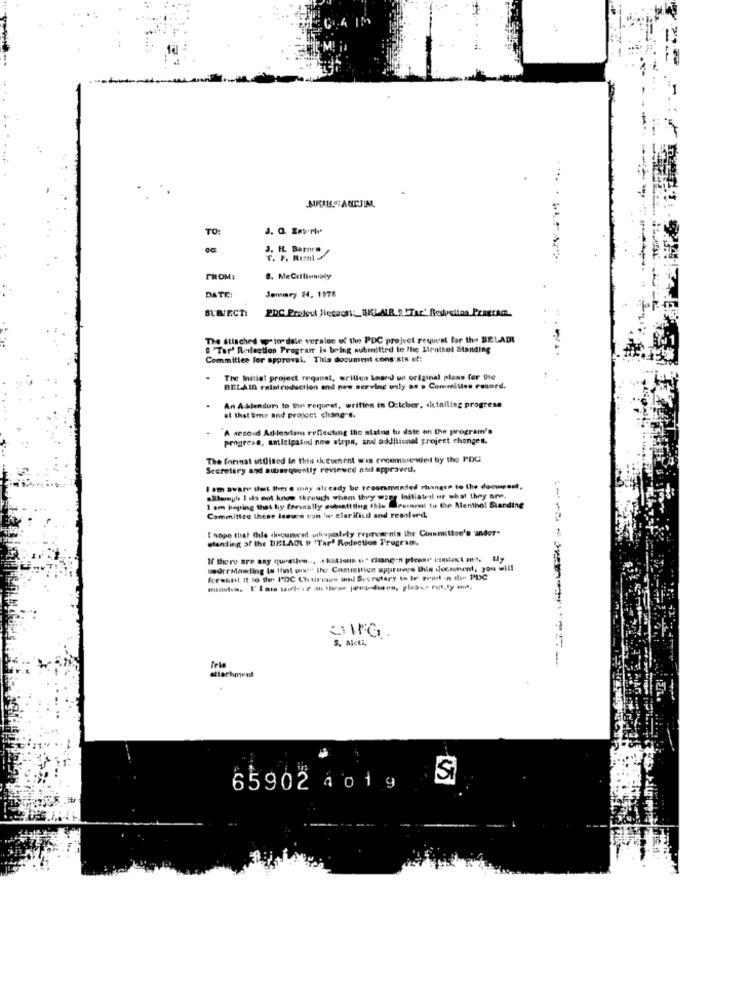
TO:
J. H. Barnen
C. F. Riz
FROM:
8. MeCilliawaly
DATE:
Jemiary 24, 1578
SUBJECT:
The Stisched up to date veralon of the PDC project request for the BELADE
e 'Tar' Reflection Program is bring submitted to the Menthol Standing
Committee for approval. This document consists of:
The Initial project reqanat, erillen Leand un original pless for the
BELAIR reintroduction and now serving osly as . Commilise rasord.
An Addendurs to fun request, written in Octcher, detailing progress
at that time and project chang-s.
A second Adlendem reflecting the status tu date on the program's
progress, anticipatud now steps, and additional project changes.
The forinat utilised in this sk comment was recommended by the PDC
Secretary and subsequently reviewed asi appravedl.
I am aware that there may already be recommended rhangen to the document,
saltweghe I do not know through when they were Initiateil or what they are.
I am hoping that hiy forsnally submitting this Desireil tu the Menthol Standing
Committee thene Issues van 'w. elarifico and resolved
hope that this document uthypotely represenis the Committee's 'ander"
wlanding of the DELADL # 'Tar' Redection Program.
----
If there are any quealles ... . tkations . . Chang:n please ummiast mt. ty
underMasdling Is that out the Commitige apparuves this document, 309 =i !!
forsun! It lo ther I'DC Chairnes und Secretary th te tras in dre PUC
S. Meti,
attachment
65902 4019